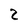
Character: 2